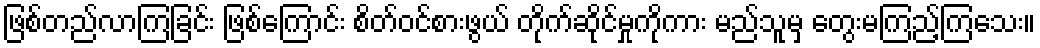
ဖြစ်တည်လာကြခြင်း ဖြစ်ကြောင်း စိတ်ဝင်စားဖွယ် တိုက်ဆိုင်မှုကိုကား မည်သူမှ တွေးမကြည့်ကြသေး။